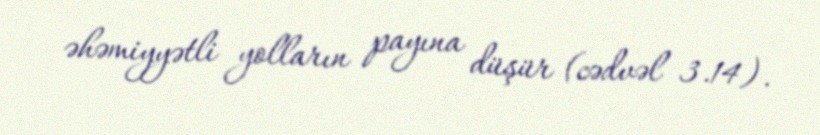
əhəmiyyətli yolların payına düşür (cədvəl 3.14).